Investigations on Bengal jail dietaries - Number 37
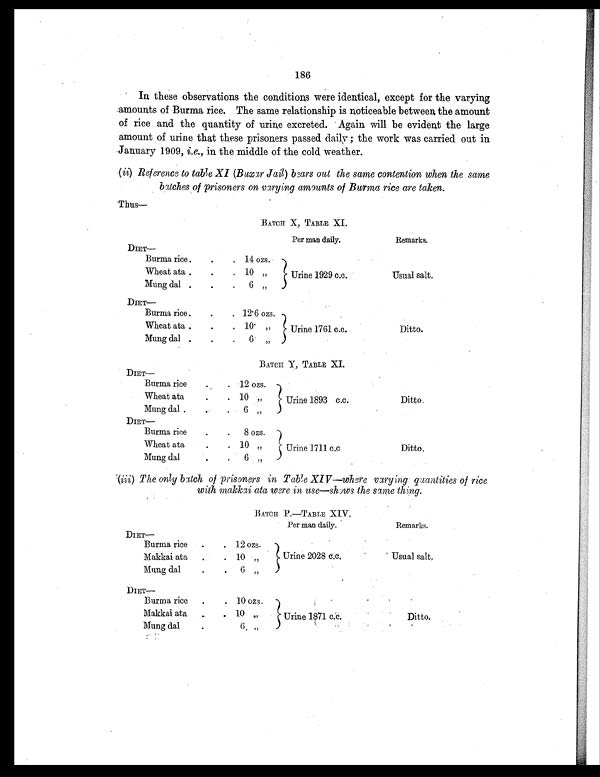
186
In these observations the conditions were identical, except for the varying
amounts of Burma rice. The same relationship is noticeable between the amount
of rice and the quantity of urine excreted. Again will be evident the large
amount of urine that these prisoners passed daily ; the work was carried out in
January 1909, i.e., in the middle of the cold weather.
( ii) Reference to table XI (Buxar Jail ) bears out the same contention when the same
batches of prisoners on varying amounts of Burma rice are taken.
Thus—
BATCH X, TABLE XI.
Per man daily.
Remarks.
D I E T —
Burma rice
.
.
. 14 ozs.
Urine 1929 c.c.
Usual salt.
Wheat ata .
.
. 10 „
Mung dal
.
.
.
6 „
D I E T —
Burma rice .
.
. 12.6 ozs.
Urine 1761 c.c.
Ditto.
Wheat ata .
.
. 10. „
Mung dal .
.
.
6. „
BATCH Y, TABLE XI.
DIET—
Burma rice
. . 12 ozs.
Urine 1893 c.c.
Ditto.
Wheat ata
.
. 10 „
Mung dal .
.
.
6 „
DIET—
Burma rice
.
.
8 ozs.
Urine 1711 c.c
Ditto.
Wheat ata
.
. 10 „
M u n g d a l .
.
6 „
(iii) The only batch of prisoners in Table XIV—where varying quantities of rice
with makkai ata were in use—shows the same thing.
BATCH P.—TABLE XIV.
Per man daily.
Remarks.
D I E T —
Burma rice
.
. 12 ozs.
Urine 2028 c.c.
Usual salt.
Makkai ata
.
. 10
„
Mung dal
.
.
6 „
D I E T —
Burma rice
.
. 10 ozs.
Urine 1871 c.c.
Ditto.
Makkai ata
.
. 10
„
Mung dal
.
. 6
„